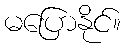
မပြောနိုင်။